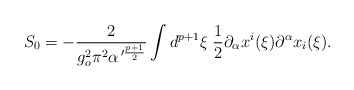
\begin{align*}S_0=-\frac{2}{g^2_o\pi^2\alpha^{\,\prime\frac{p+1}{2}}}\int d^{p+1}\xi\;\frac{1}{2}\partial_{\alpha}x^i(\xi)\partial^{\alpha}x_i(\xi).\end{align*}